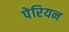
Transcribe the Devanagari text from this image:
पेरियन